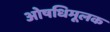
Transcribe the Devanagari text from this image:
ओषधिमूलक